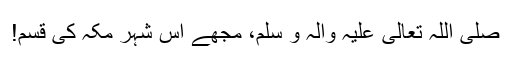
صَلَّی اللّٰہُ تَعَالٰی عَلَیْہِ وَاٰلِہ وَ سَلَّمَ، مجھے اِس شہر مکہ کی قسم!